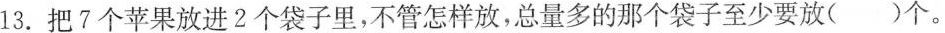
13.把7个苹果放进2个袋子里，不管怎样放，总量多的那个袋子至少要放( )个。